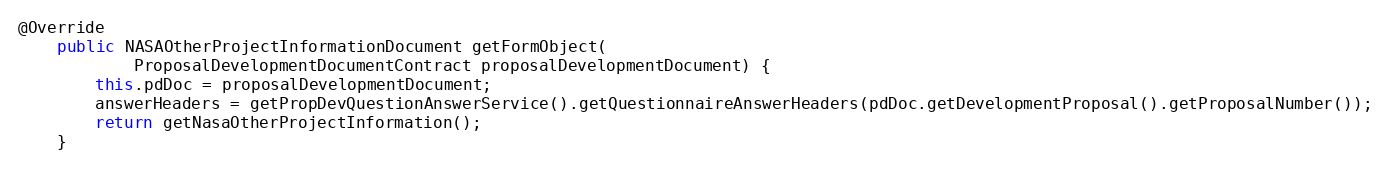
Language: Java
@Override
    public NASAOtherProjectInformationDocument getFormObject(
            ProposalDevelopmentDocumentContract proposalDevelopmentDocument) {
        this.pdDoc = proposalDevelopmentDocument;
        answerHeaders = getPropDevQuestionAnswerService().getQuestionnaireAnswerHeaders(pdDoc.getDevelopmentProposal().getProposalNumber());
        return getNasaOtherProjectInformation();
    }